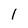
Character: 1